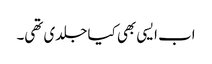
اب ایسی بھی کیا جلدی تھی۔